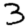
Digit: 3